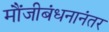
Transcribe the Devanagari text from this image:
मौंजीबंधनानंतर